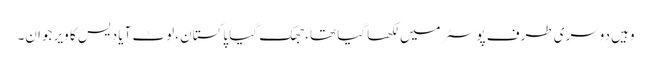
وہیں دوسری طرف پوسٹر میں لکھا گیا تھا، جھک گیا پاکستان، لوٹ آیا دیس کا ویر جوان۔